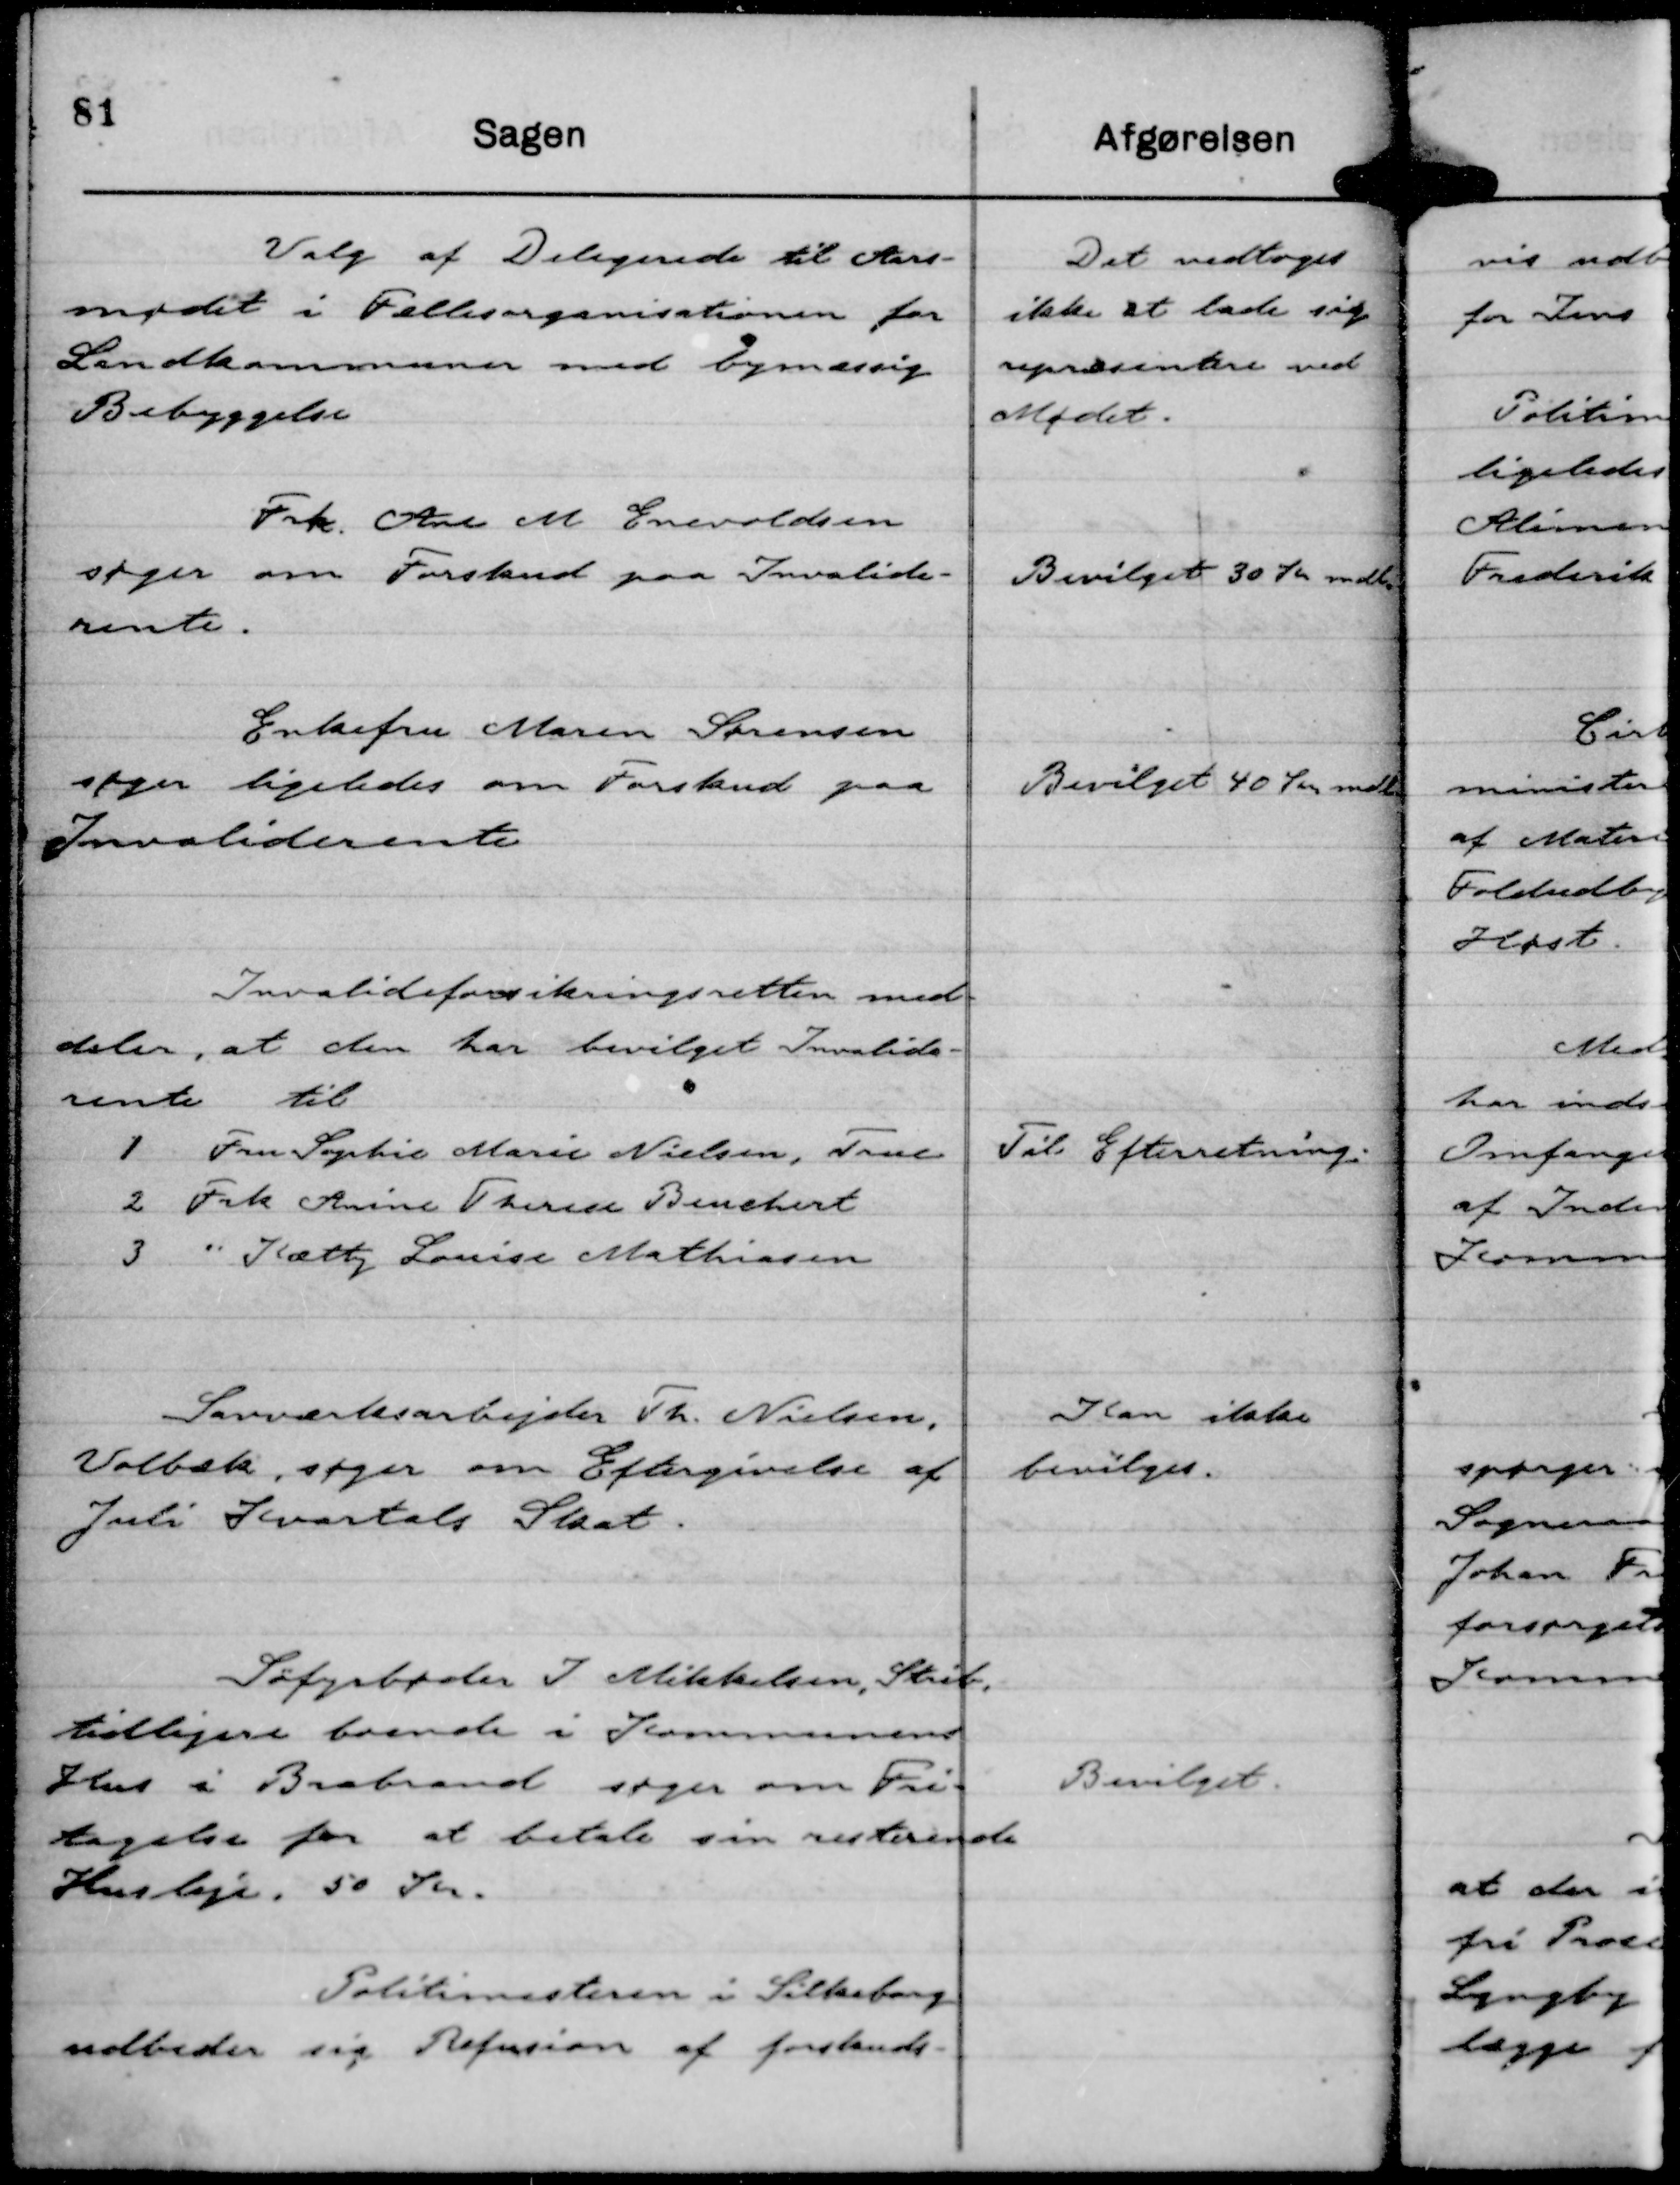
Transskription:
Valg af Delegerede til Aars-
mødet i Fællesorganisationen for
Landkommuner med bymæssig
Bebyggelse

Det vedtoges
ikke at lade sig
repræsentere ved
Mødet.

Frk. Ane M Enevoldsen
søger om Forskud paa Invalide-
rente.

Bevilget 30 Kr mdl.

Enkefru Maren Sørensen
søger ligeledes om Forskud paa
Invaliderente

Bevilget 40 Kr mdl.

Invalideforsikringsretten med-
deler, at den har bevilget Invalide-
rente til
1 Fru Sophie Marie Nielsen, True
2 Frk Anine Therese Benchert
3 " Kætty Louise Mathiasen

Til Efterretning.

Savværksarbejder Th. Nielsen,
Volbæk, søger om Eftergivelse af
Juli Kvartals Skat.

Kan ikke
bevilges.

Søfyrbøder J Mikkelsen, Strib,
tidligere boende i Kommunens
Hus i Brabrand søger om Fri-
tagelse for at betale sin resterende
Husleje, 50 Kr.

Bevilget.

Politimesteren i Silkeborg
udbeder sig Refusion af forskuds-